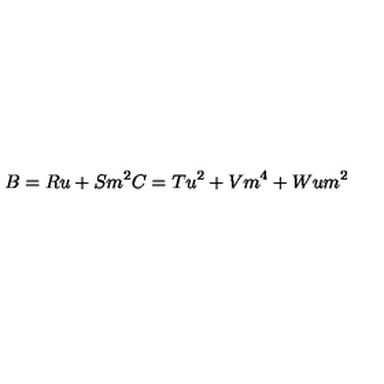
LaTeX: B = R u + S m ^ { 2 } C = T u ^ { 2 } + V m ^ { 4 } + W u m ^ { 2 }